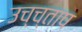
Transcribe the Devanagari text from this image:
उच्च्ताप